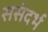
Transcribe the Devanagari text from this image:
ससंदर्भ